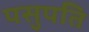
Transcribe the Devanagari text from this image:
पसुपति